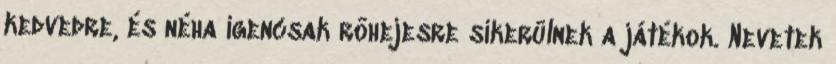
kedvedre, és néha igencsak röhejesre sikerülnek a játékok. Nevetek